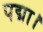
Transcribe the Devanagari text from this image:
पद्मा।